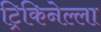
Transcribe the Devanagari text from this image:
ट्रिकिनेल्ला